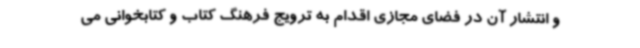
و انتشار آن در فضای مجازی اقدام به ترویج فرهنگ کتاب و کتابخوانی می